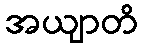
အယျာတိ